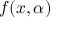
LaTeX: f ( x , \alpha )